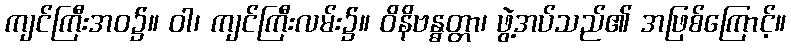
ကျင်ကြီးအဝ၌။ ဝါ၊ ကျင်ကြီးလမ်း၌။ ဝိနိဗန္ဓတ္တာ၊ ဖွဲ့အပ်သည်၏ အဖြစ်ကြောင့်။